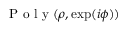
\mathrm { ~ P ~ o ~ l ~ y ~ } ( \rho , \exp ( i \phi ) )